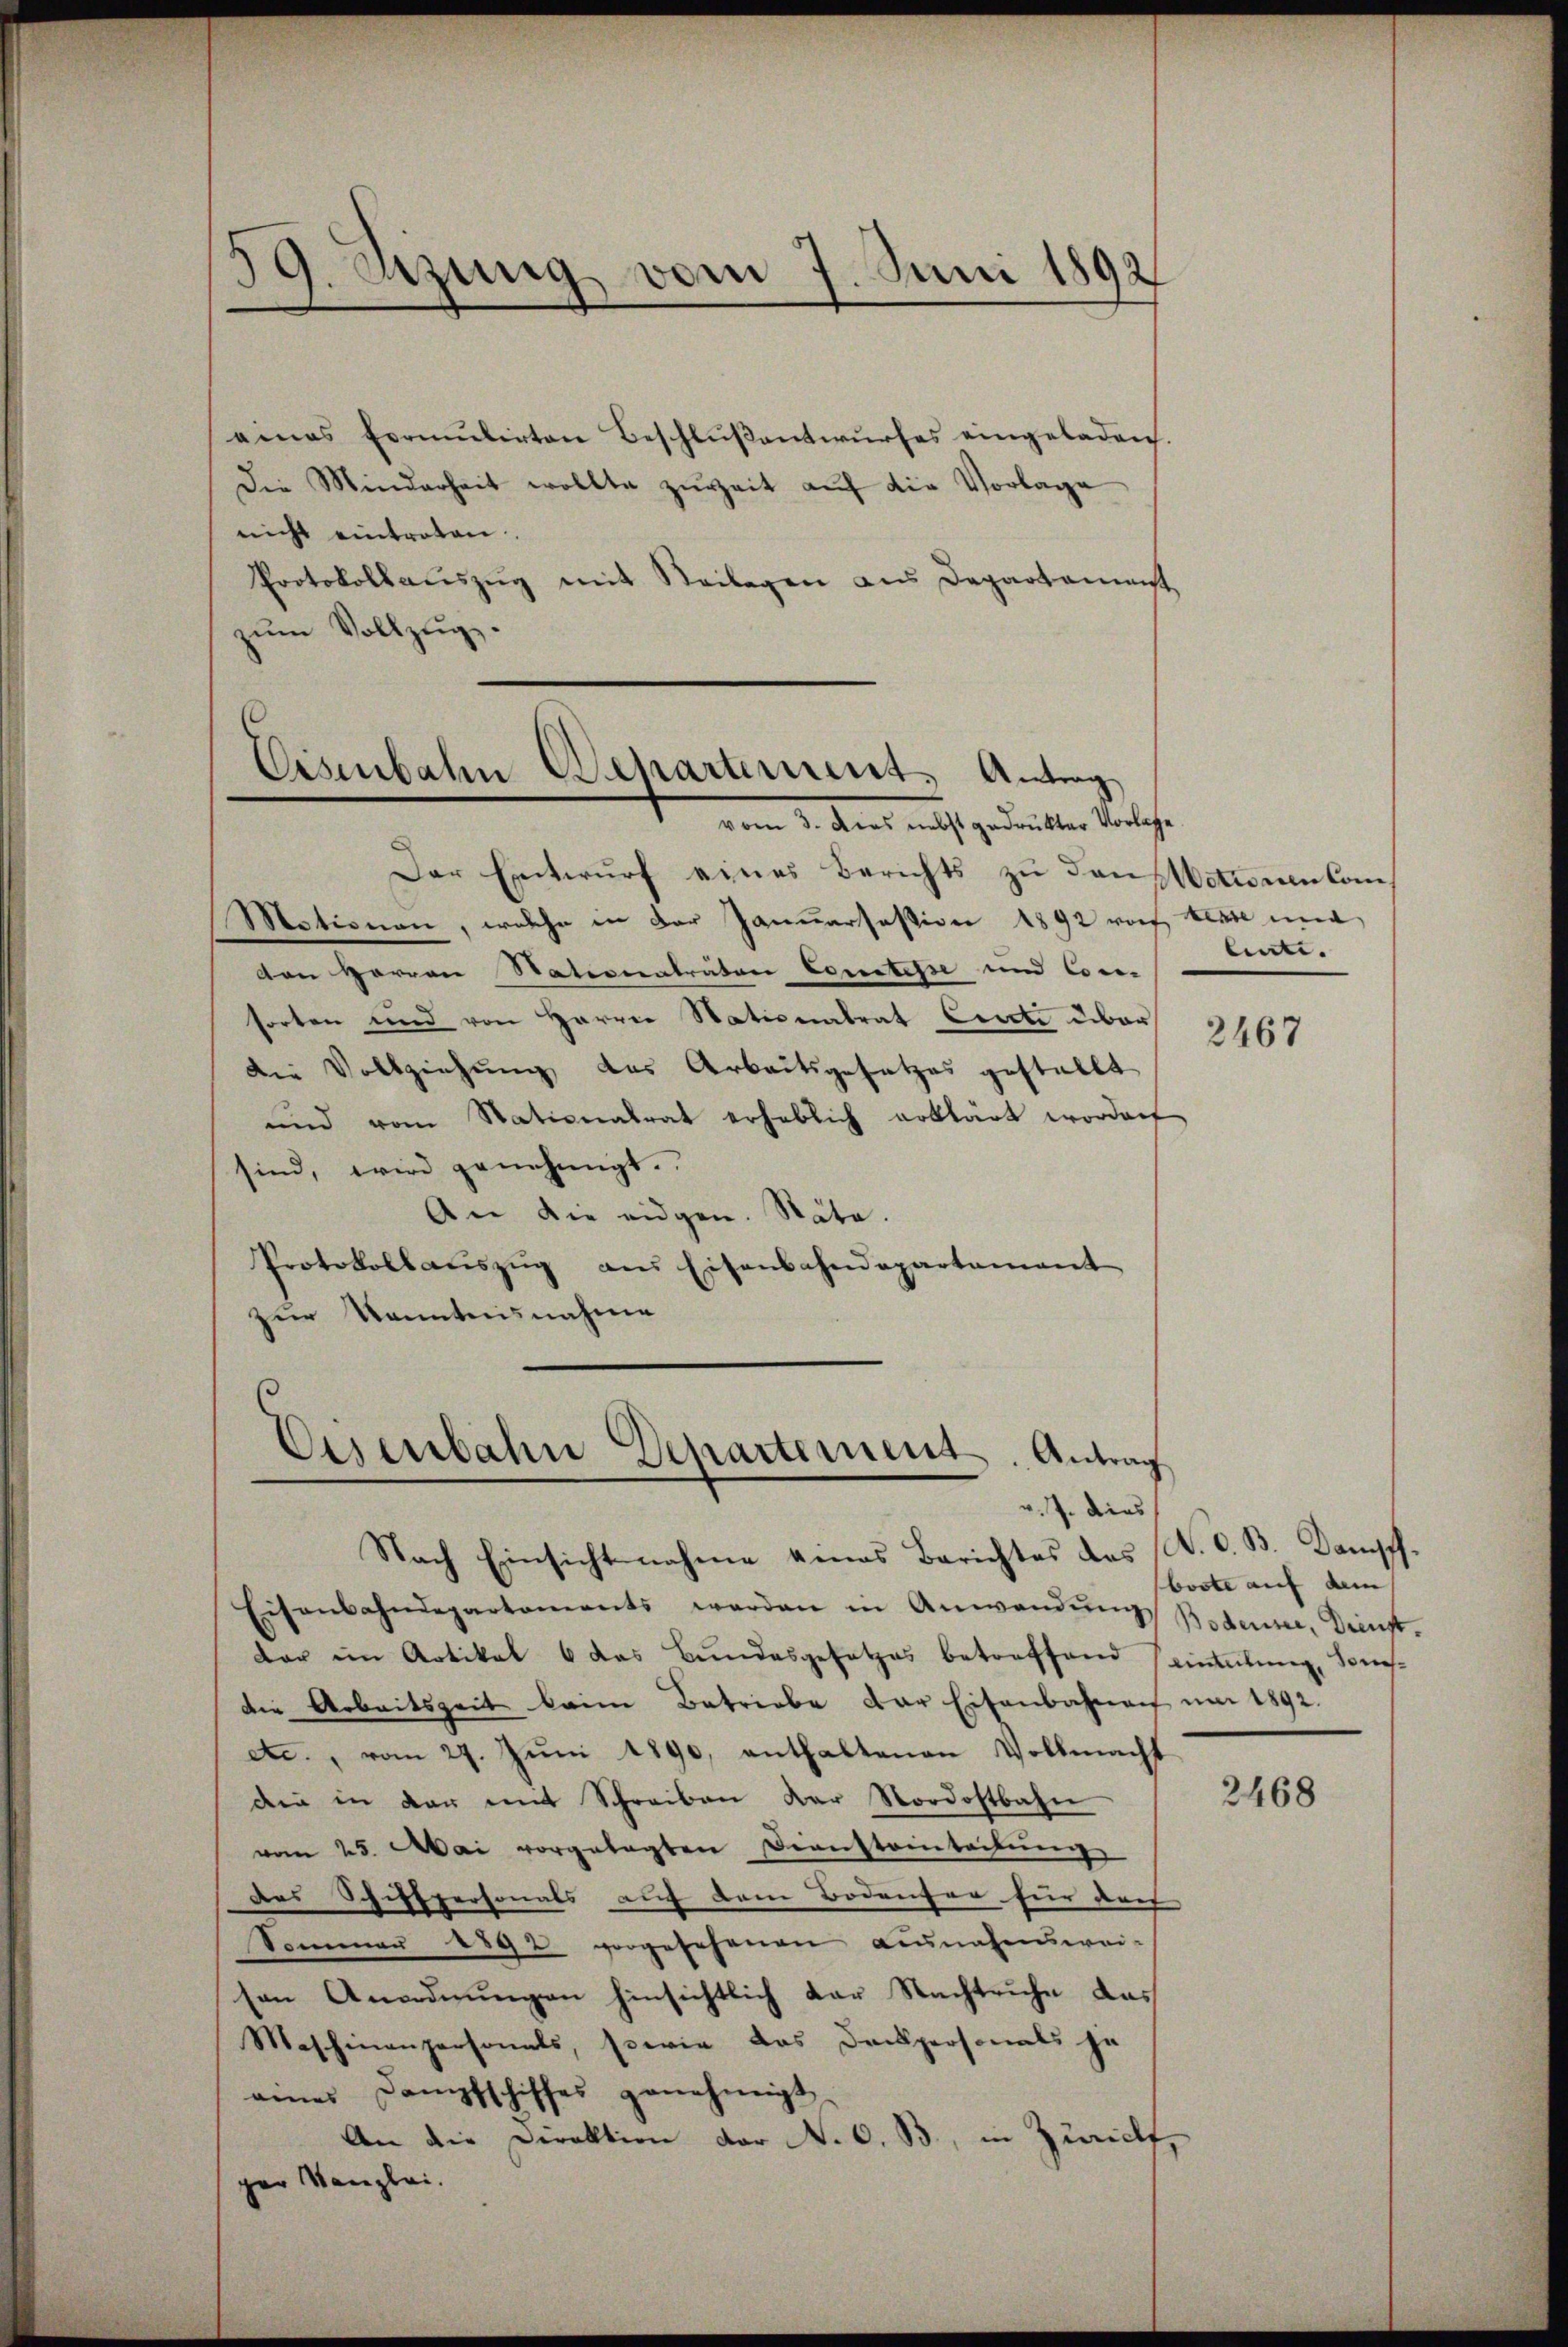
9. Setzung vom 7. Juni 1892

eines Formŭlirten Beschlŭβentwŭrfes eingeladen.
Die Minderheit wollte zŭreit auf die Vorlage
nicht eintreten.
Protokollaŭszŭg mit Beilagen aus Departamenst
zŭm Vollzug.

Eisenbahn Departement. Antrag

vom 3. Dies nebst gedrukter Vorlage
Der Entwurf eines Berichts zu den
Motionen, welche in der Januarsasion 1892 rof Blase und
den Herren Nationatrator Comtesse und den
sorten und von Harrer Stationalrat Curate über
die Vollziehung des Arbeitsgesetzes gestellt
und vom Stationalrat erheblich erklärt worden
sind, wird genehmigt.
An die eidgen. Näte.
Protokollaŭszŭg an Eisenbahndepartamant
zur Kenntnisnahme
v. J. dies
Nach Einsichtnahme genes Berichtes des (N. O. B. Dampf.
Eisenbahndepartements werden in Anwendung Bodensee, Dienstdar im Artikal 6 das Bundesgesetzes betreffend seinteilung, Sonnes-
die Arbeitszeit beim Betriebe der Eisenbahnen um 1892.
etc., vom 29. Jŭni 1890, enthaltenen Vollmacht
din in der mit Schreiben der Nordostbahn
vom 25. Mai vorgelegten Diensteinteilung
das Schiffpersonals auf dem Bodenfer für doch
Sommen 1592 vorgeschenen Ausnahmswei-
sen Anordnungen hinsichtlich der Nachtruhe das
Maschinenpersonals, sowie das Deckpersonals je
eines Dampfschiffes genehmigt
An die Direktion der N. O. B., in Zürich,
ger Kanzlei.

s
Eisenbahn Departement. Antrag

Motionen Comlinte. |

2467

boote auf dem

2468